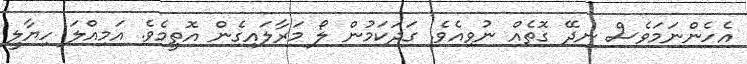
އެހެންނަމަވެސް ނިދޭ ގޮތެއް ނުވިއެވެ. ގަދަކަމުން ލޯ މަރާލައިގެން އޮތީމެވެ. އަމިއްލަ ހިޔާލީ